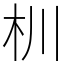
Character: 杊